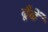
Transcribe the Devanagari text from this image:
ढूँढें